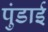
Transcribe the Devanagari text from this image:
पुंडाई